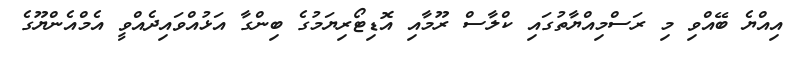
އިއްޔެ ބޭއްވި މި ރަސްމިއްޔާތުގައި ކްލާސް ރޫމާއި އޮޑިޓޯރިޔަމުގެ ބިންގާ އަޅުއްވައިދެއްވީ އެމްއެންޔޫގެ